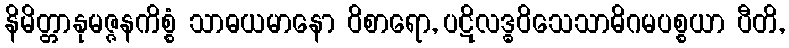
နိမိတ္တာနုမဇ္ဇနကိစ္စံ သာဓယမာနော ဝိစာရော, ပဋိလဒ္ဓဝိသေသာဓိဂမပစ္စယာ ပီတိ,